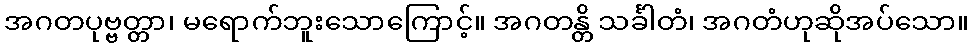
အဂတပုဗ္ဗတ္တာ၊ မရောက်ဘူးသောကြောင့်။ အဂတန္တိ သင်္ခါတံ၊ အဂတံဟုဆိုအပ်သော။